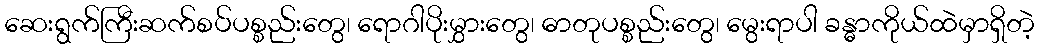
ဆေးရွက်ကြီးဆက်စပ်ပစ္စည်းတွေ၊ ရောဂါပိုးမွှားတွေ၊ ဓာတုပစ္စည်းတွေ၊ မွေးရာပါ ခန္ဓာကိုယ်ထဲမှာရှိတဲ့